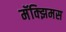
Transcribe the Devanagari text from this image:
मॅक्झिमस